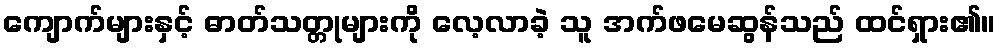
ကျောက်များနှင့် ဓာတ်သတ္တုများကို လေ့လာခဲ့ သူ အက်ဖမေဆွန်သည် ထင်ရှား၏။